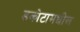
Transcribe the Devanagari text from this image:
डकोटामधील